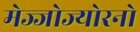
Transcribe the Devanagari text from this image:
मेज्जोज्योरनो